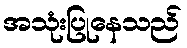
အသုံးပြုနေသည်